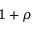
1 + \rho